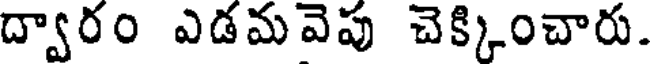
ద్వారం ఎడమవెపు చెక్కించారు.